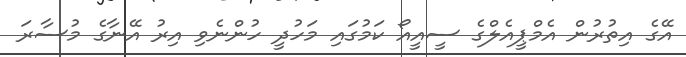
އޭގެ އިތުރުން އެމްޕީއެލްގެ ސީއީއޯ ކަމުގައި މަހުދީ ހުންނެވި އިރު އޭނާގެ މުސާރަ